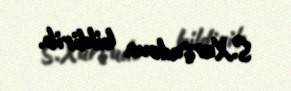
S.Xurşudova bildirib.